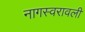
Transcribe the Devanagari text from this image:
नागस्वरावली